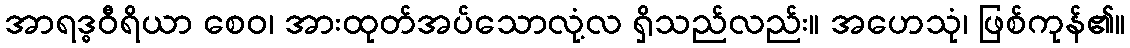
အာရဒ္ဓဝီရိယာ စေဝ၊ အားထုတ်အပ်သောလုံ့လ ရှိသည်လည်း။ အဟေသုံ၊ ဖြစ်ကုန်၏။